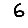
Digit: 6